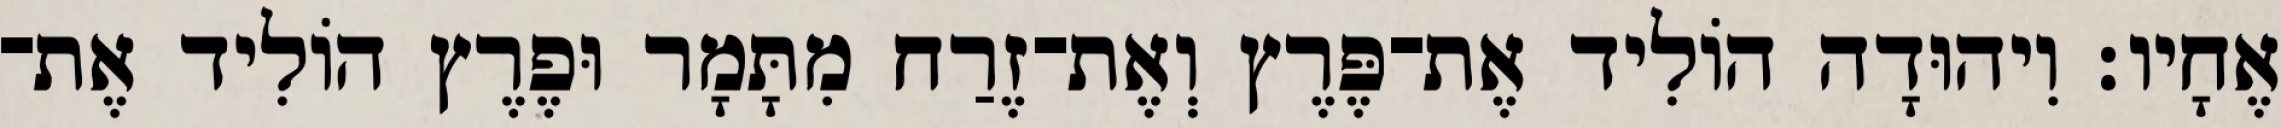
אֶחָיו׃ וִיהוּדָה הוֹלִיד אֶת־פֶּרֶץ וְאֶת־זֶרַח מִתָּמָר וּפֶרֶץ הוֹלִיד אֶת־